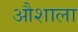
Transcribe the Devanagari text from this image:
औशाला